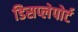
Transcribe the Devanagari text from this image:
डिसप्लेपोर्ट